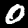
Label: 0